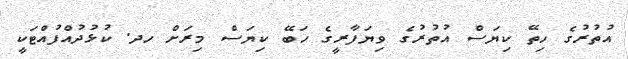
އުތުރުގެ ހިތޭ ކިޔަސް އުތުރުގެ ވިޔަފާރީގެ ހަބޭ ކިޔަސް މިރަށް ހދ. ކުޅުދުއްފުއްޓަކީ